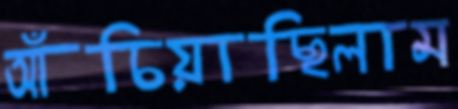
আঁচিয়াছিলাম